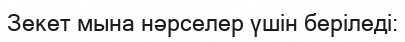
Зекет мына нәрселер үшін беріледі: